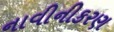
નાવીનીકરણ